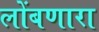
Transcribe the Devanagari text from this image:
लोंबणारा